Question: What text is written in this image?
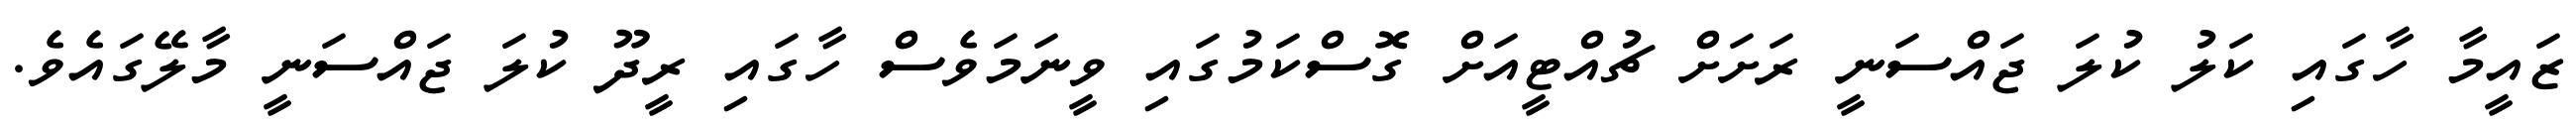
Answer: ޒައީމާ ހާގައި ކަލު ކުލަ ޖައްސަނީ ރަށަށް ޗުއްޓީއަށް ގޮސްކަމުގައި ވީނަމަވެސް ހާގައި ރީދޫ ކުލަ ޖައްސަނީ މާލޭގައެވެ.